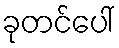
ခုတင်ပေါ်